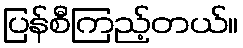
ပြန်စီကြည့်တယ်။